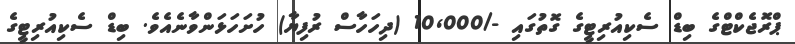
ޕްރޮޖެކްޓްގެ ބިޑް ސެކިއުރިޓީގެ ގޮތުގައި -/10